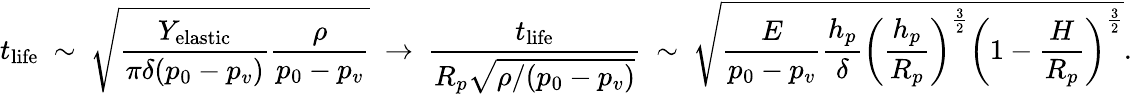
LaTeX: t_{\mathrm{life}}~\sim~\sqrt{\frac{Y_{\mathrm{elastic}}}{\pi\delta(p_{0}-p_{v})}\frac{\rho}{p_{0}-p_{v}}}~\rightarrow~\frac{t_{\mathrm{life}}}{R_{p}\sqrt{\rho/(p_{0}-p_{v})}}~\sim~\sqrt{\frac{E}{p_{0}-p_{v}}\frac{h_{p}}{\delta}\bigg(\frac{h_{p}}{R_{p}}\bigg)^{\frac{3}{2}}\bigg(1-\frac{H}{R_{p}}\bigg)^{\frac{3}{2}}}.